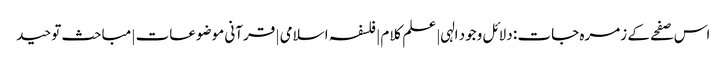
اس صفحے کے زمرہ جات : دلائل وجود الہی | علم کلام | فلسفہ اسلامی | قرآنی موضوعات | مباحث توحید